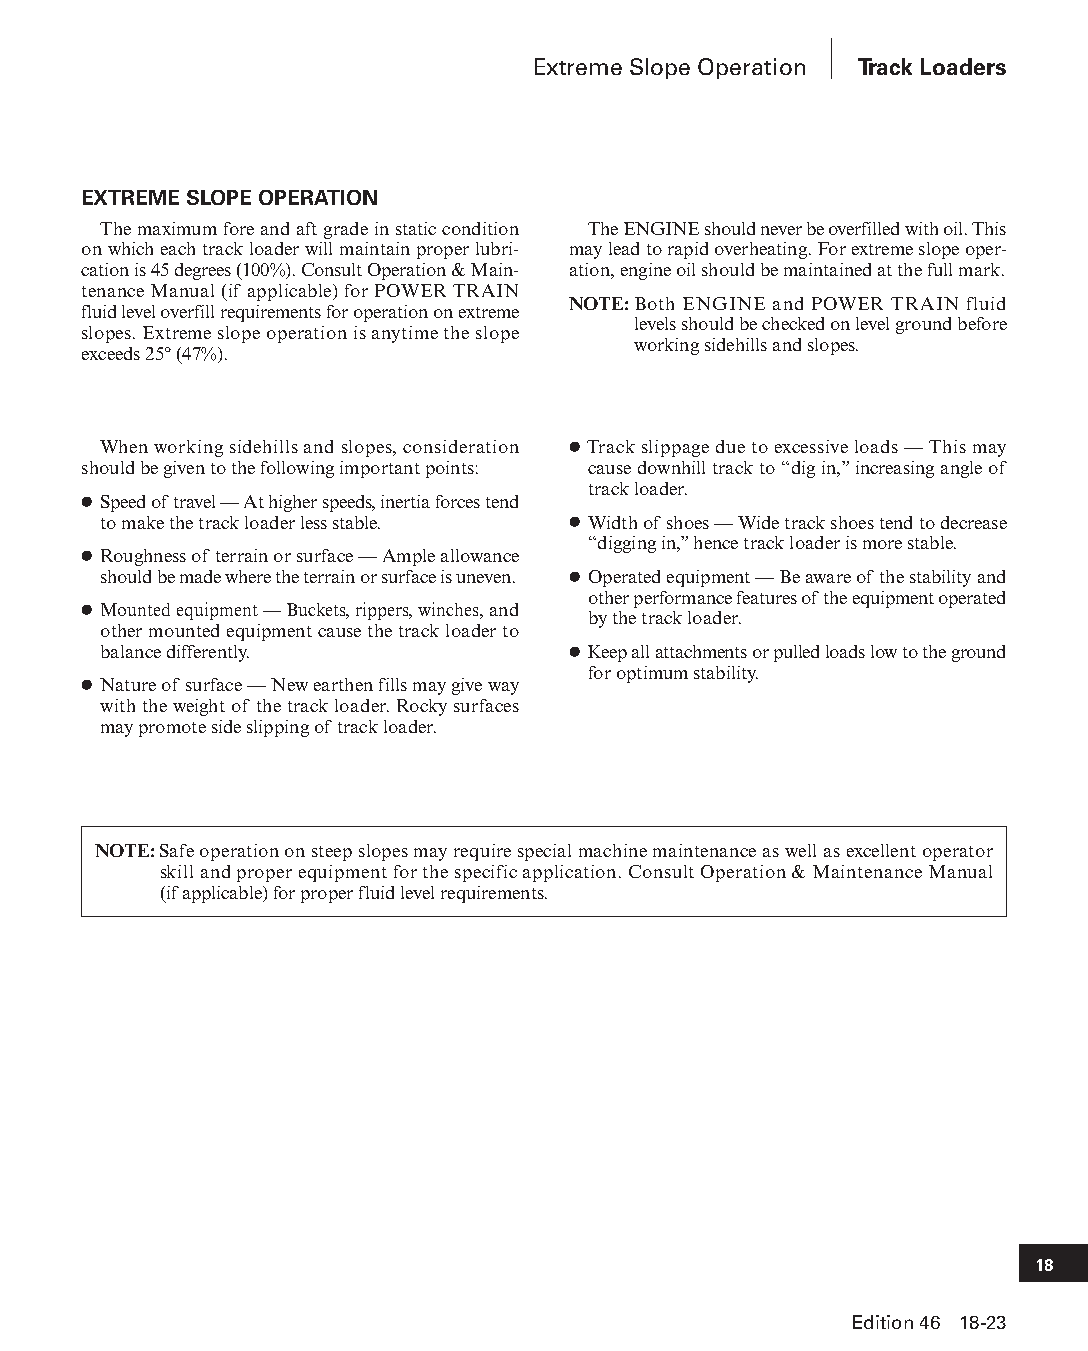
Extreme Slope Operation Track Loaders
 EXTREME SLOPE OPERATION
 The maximum fore and aft grade in static condition The ENGINE should never be overfilled with oil. This
 on which each track loader will maintain proper lubri- may lead to rapid overheating. For extreme slope oper-
 ca tion is 45 degrees (100%). Consult Operation & Main- ation, engine oil should be maintained at the full mark.
 te nance Manual (if applicable) for POWER TRAIN
 NOTE: Both ENGINE and POWER TRAIN fluid
 fluid level overfill requirements for operation on extreme
 levels should be checked on level ground before
 slopes. Extreme slope operation is anytime the slope
 working sidehills and slopes.
 exceeds 25° (47%).
 When working sidehills and slopes, consideration ● Track slippage due to excessive loads — This may
 should be given to the following important points: cause downhill track to “dig in,” increasing angle of
 track loader.
 ● Speed of travel — At higher speeds, inertia forces tend
 to make the track loader less stable. ● Width of shoes — Wide track shoes tend to decrease
 “digging in,” hence track loader is more stable.
 ● Roughness of terrain or surface — Ample allow ance
 should be made where the terrain or surface is uneven. ● Operated equipment — Be aware of the stability and
 other performance features of the equipment operated
 ● Mounted equipment — Buckets, rippers, winches, and
 by the track loader.
 other mounted equipment cause the track loader to
 balance differently.           ● Keep all attachments or pulled loads low to the ground
 for optimum stability.
 ● Nature of surface — New earthen fills may give way
 with the weight of the track loader. Rocky surfaces
 may pro mote side slipping of track loader.
 NOTE: Safe operation on steep slopes may require special machine maintenance as well as excellent operator
 skill and proper equipment for the specific application. Consult Operation & Maintenance Manual
 (if applicable) for proper fluid level requirements.
 18
 Edition 46 18-23
 PPHHBB--SSeecc1188--1166..iinndddd 2233                        1122//44//1155 1100::5566 AAMM